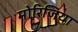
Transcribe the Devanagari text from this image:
मोरिजिया